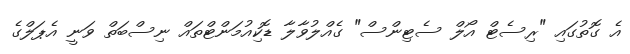
އެ ގޮތުގައި "ރިސެޓް އޯލް ސެޓިންސް" ގެއްލުވާލާ ޑޮކިއުމަންޓްތައް ނިސްބަތް ވަނީ އެޕަލްގެ